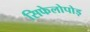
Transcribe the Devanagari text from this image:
सिफेलोपोड़